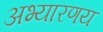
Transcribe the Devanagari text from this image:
अभ्यारणय